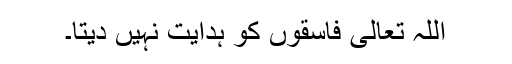
اللہ تعالی فاسقوں کو ہدایت نہیں دیتا۔